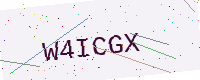
Text: W4ICGX